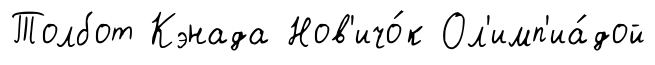
Толбот Кэнада Нов'ичо́к Ол'имп'иа́дой